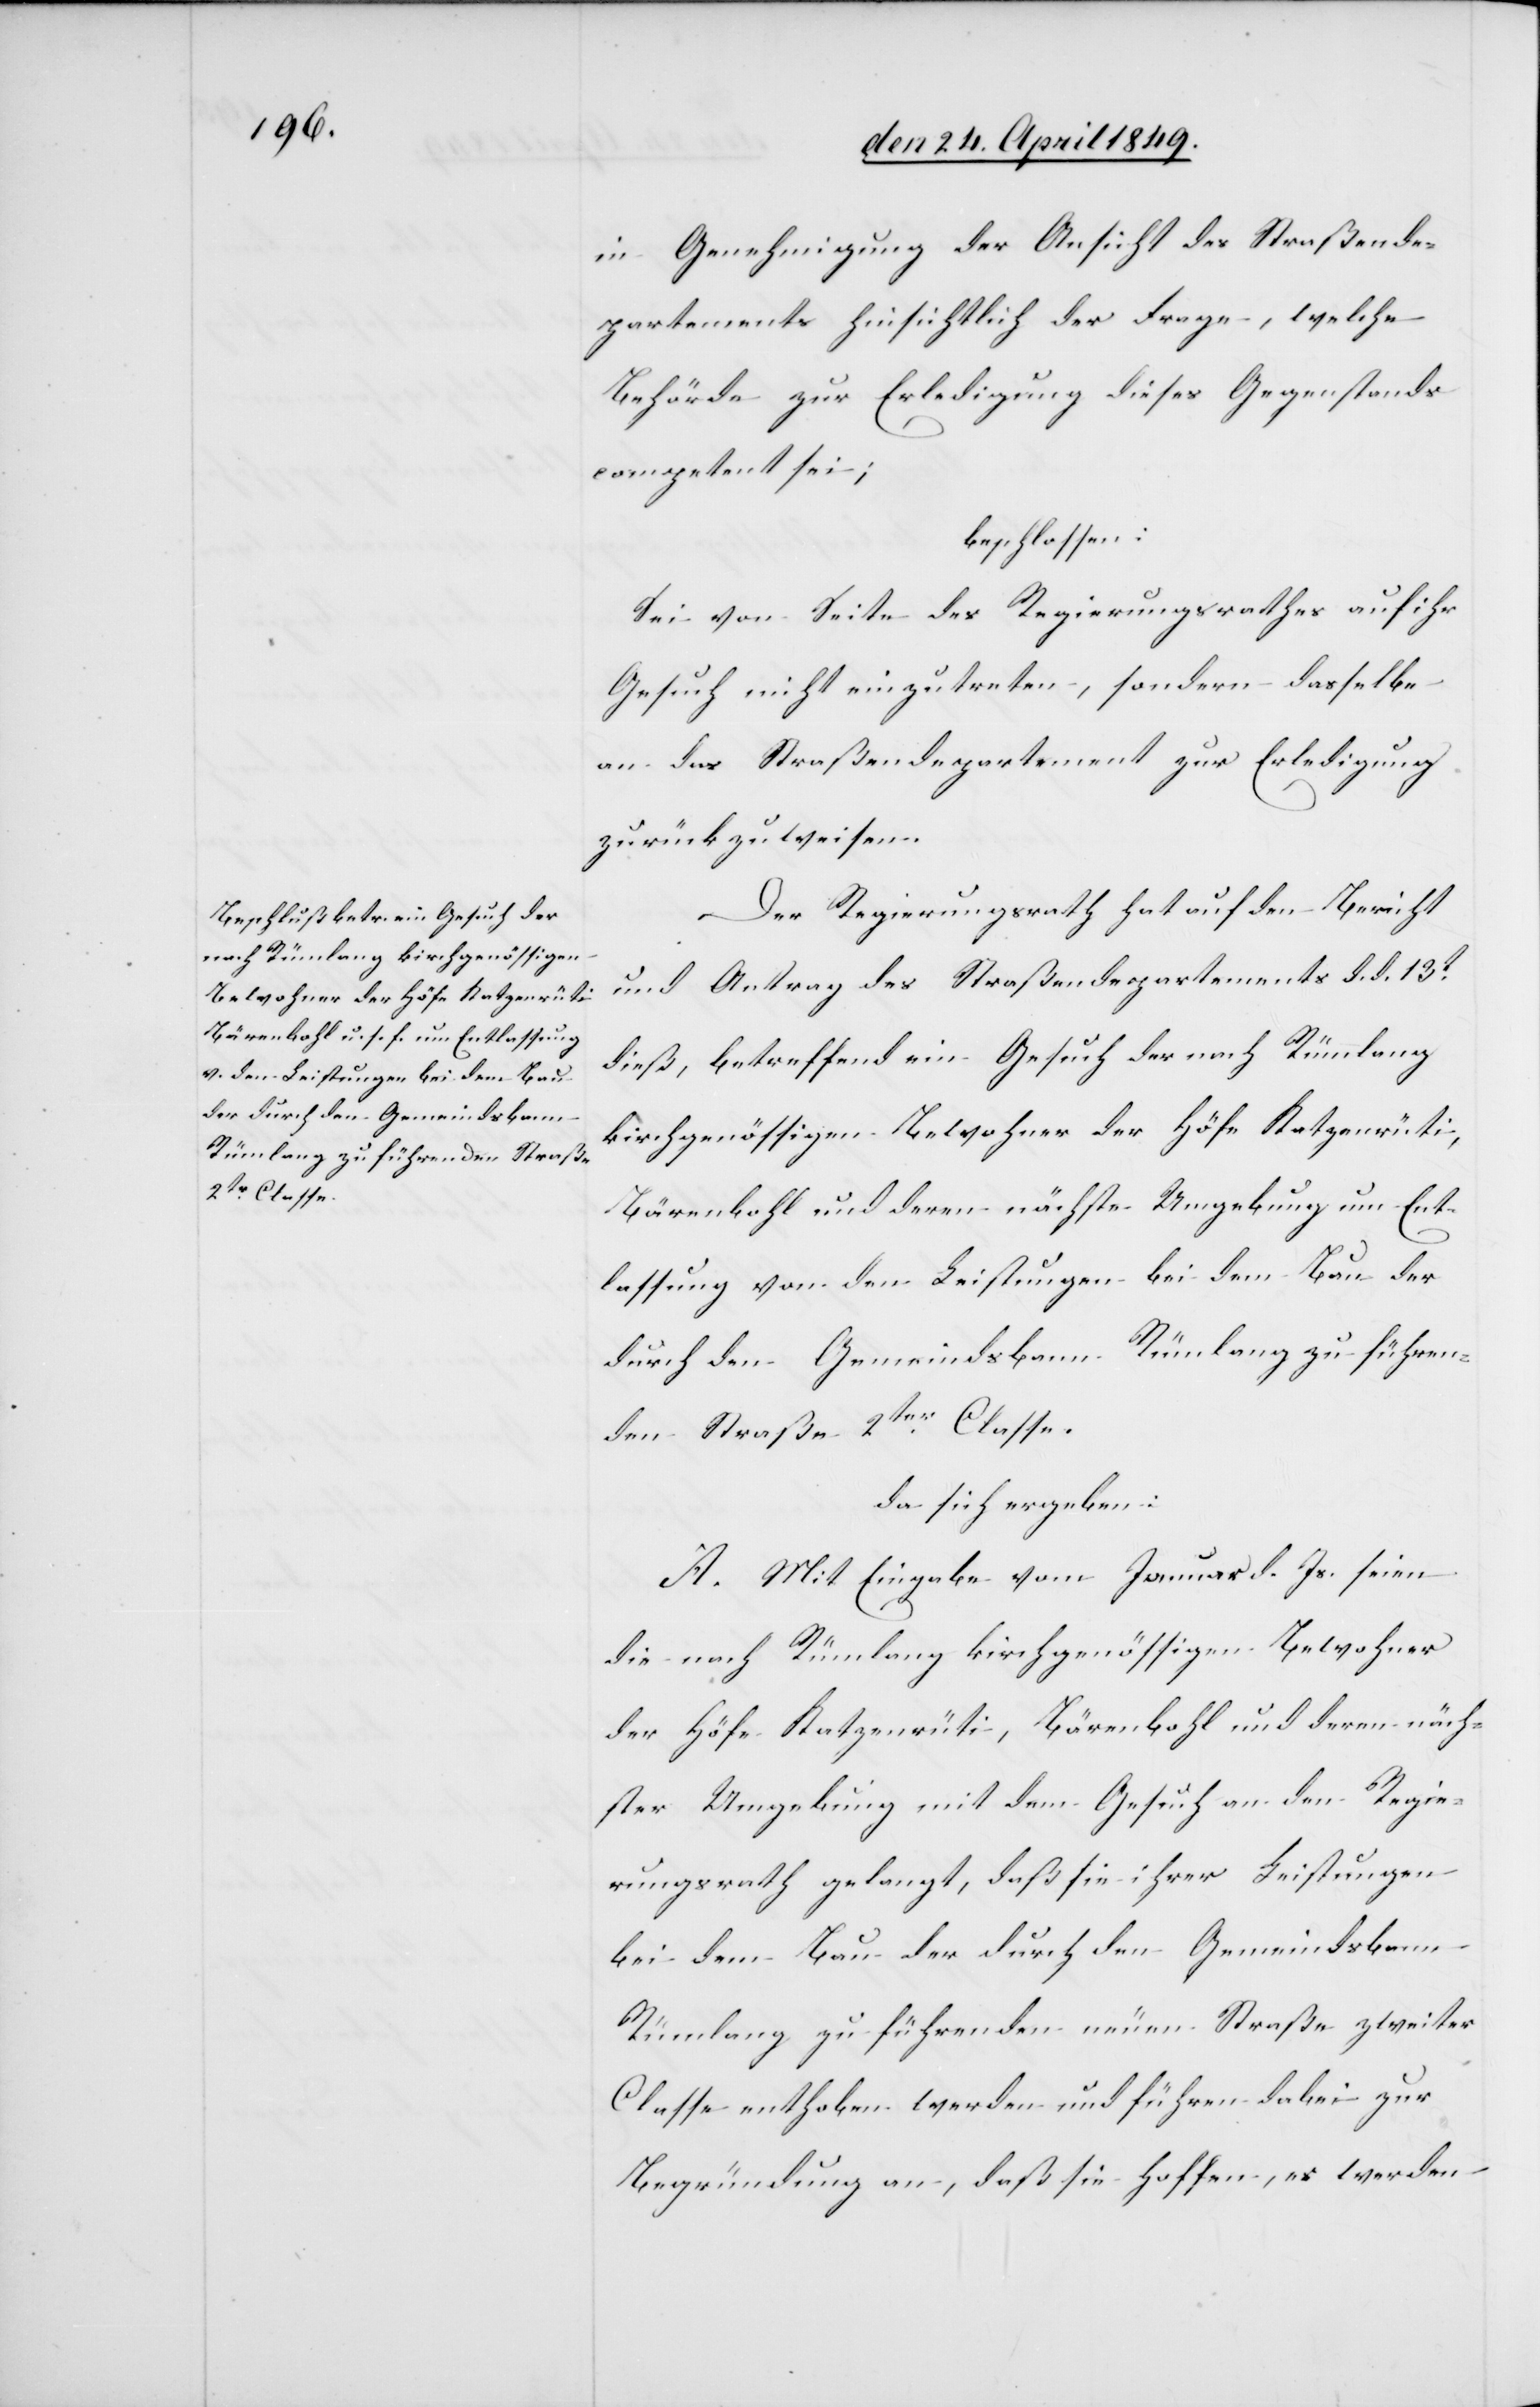
in Genehmigung der Ansicht des Straßende¬
partements hinsichtlich der Frage, welche
Behörde zur Erledigung dieses Gegenstands
competent sei;
beschlossen;
Sei von Seite des Regierungsrathes auf ihr
Gesuch nicht einzutreten, sondern dasselbe
an das Straßendepartement zur Erledigung
zurückzuweisen.
Der Regierungsrath hat auf den Bericht
und Antrag des Straßendepartements d. d. 13t
dieß, betreffend ein Gesuch der nach Rümlang
kirchgenössigen Bewohner der Höfe Katzenrüti,
Bärenbohl und deren nächste Umgebung um Ent¬
lassung von den Leistungen bei dem Bau der
durch den Gemeindsbann Rümlang zu führen¬
den Straße 2ter Classe.
da sich ergeben:
A. Mit Eingabe vom Januar d. Js. seien
die nach Rümlang kirchgenössigen Bewohner
der Höfe Katzenrüti, Bärenbohl und deren näch¬
ster Umgebung mit dem Gesuch an den Regie¬
rungsrath gelangt, daß sie ihrer Leistungen
bei dem Bau der durch den Gemeindsbann
Rümlang zu führenden neuen Straße zweiter
Classe enthoben werden und führen dabei zur
Begründung an, daß sie hoffen, es werden